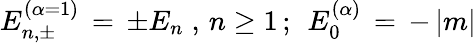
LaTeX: E_{n,\pm}^{(\alpha=1)}\, =\, \pm E_{n}\; ,\, n\geq 1\, ;\; \, E_{0}^{(\alpha)}\, =\, -\, |m|